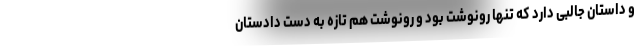
و داستان جالبی دارد که تنها رونوشت بود و رونوشت هم تازه به دست دادستان